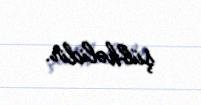
şübhəlidir.